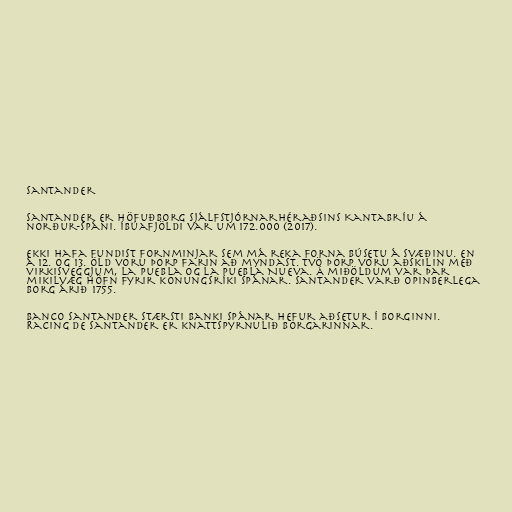
Santander

Santander er höfuðborg sjálfstjórnarhéraðsins Kantabríu á
norður-Spáni. Íbúafjöldi var um 172.000 (2017).

Ekki hafa fundist fornminjar sem má reka forna búsetu á svæðinu. En
á 12. og 13. öld voru þorp farin að myndast. Tvö þorp voru aðskilin með
virkisveggjum, La Puebla og la Puebla Nueva. Á miðöldum var þar
mikilvæg höfn fyrir konungsríki Spánar. Santander varð opinberlega
borg árið 1755.

Banco Santander stærsti banki Spánar hefur aðsetur í borginni.
Racing de Santander er knattspyrnulið borgarinnar.